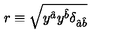
r \equiv \sqrt { y ^ { \hat { a } } y ^ { \hat { b } } \delta _ { { \hat { a } } { \hat { b } } } }